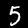
Digit: 5